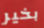
بخير